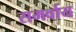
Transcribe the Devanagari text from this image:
समर्वाय